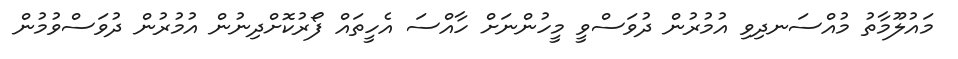
މައުލޫމާތު މުއްސަނދިވި އުމުރުން ދުވަސްވީ މީހުންނަށް ހާއްސަ އެހީތައް ފޯރުކޮށްދިނުން އުމުރުން ދުވަސްވުމުން